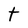
Character: t